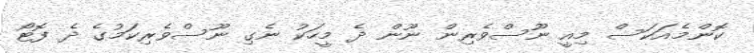
ކޮންމެއަކަސް މިއީ ނޫސްވެރިން ނޫން ދެ މީހަކު ނެގި ނޫސްވެރިކަމުގެ ދެ ފޮޓޯ